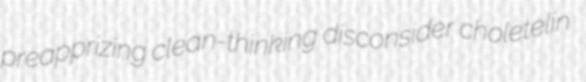
preapprizing clean-thinking disconsider choletelin